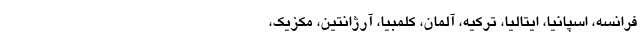
فرانسه، اسپانیا، ایتالیا، ترکیه، آلمان، کلمبیا، آرژانتین، مکزیک،